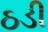
ઠડી